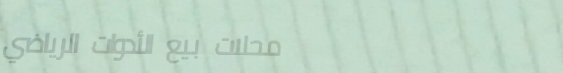
محلات بيع الأدوات الرياضي